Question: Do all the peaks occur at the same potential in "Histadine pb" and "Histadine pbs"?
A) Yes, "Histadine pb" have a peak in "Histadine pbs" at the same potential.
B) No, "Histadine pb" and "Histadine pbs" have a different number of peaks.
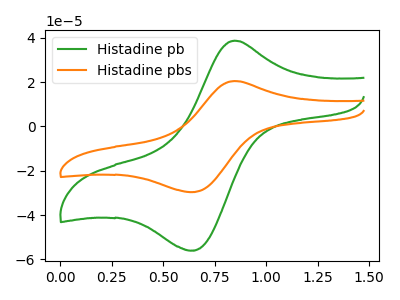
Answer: <think>The green curve "Histadine pb" has an anodic peak at (0.85V, 38.65uA) and a cathodic peak at (0.65V, -55.95uA). The orange curve "Histadine pbs" has an anodic peak at (0.85V, 20.45uA) and a cathodic peak at (0.65V, -29.60uA).</think>
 <answer>A) Yes, "Histadine pb" have a peak in "Histadine pbs" at the same potential.</answer>
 <eval>A</eval>